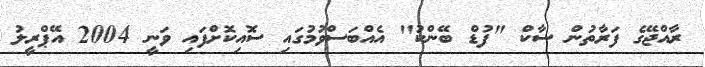
ރާއްޖޭގެ ފަރާތުން ސާކް "ފުޑް ބޭންކު" އެއްބަސްވުމުގައި ސޮއިކޮށްފައި ވަނީ 2004 އޭޕްރީލު